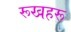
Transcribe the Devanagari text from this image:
रूखहरू